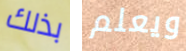
بذلك ويعلم